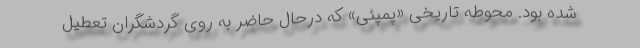
شده بود. محوطه تاریخی «پمپئی» که درحال حاضر به روی گردشگران تعطیل